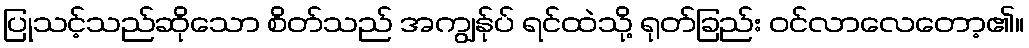
ပြုသင့်သည်ဆိုသော စိတ်သည် အကျွန်ုပ် ရင်ထဲသို့ ရုတ်ခြည်း ဝင်လာလေတော့၏။